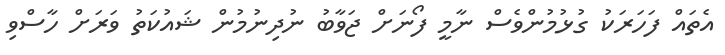
އެތައް ފަހަރަކު ގުޅުމުންވެސް ނާމީ ފޯނަށް ޖަވާބު ނުދިނުމުން ޝައުކަތު ވަރަށް ހާސްވި